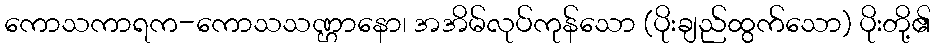
ကောသကာရက-ကောသသဏ္ဌာနော၊ အအိမ်လုပ်ကုန်သော (ပိုးချည်ထွက်သော) ပိုးတို့၏